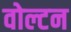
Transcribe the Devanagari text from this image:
वोल्टन